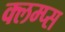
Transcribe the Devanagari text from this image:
क्लम्प्स